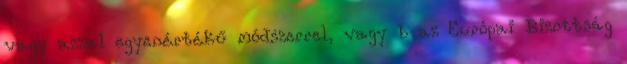
vagy azzal egyenértékű módszerrel, vagy b az Európai Bizottság